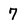
Character: 7